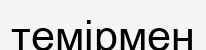
темірмен